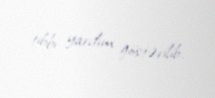
tibbi yardım göstərilib.